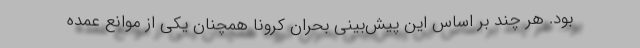
بود. هر چند بر اساس این پیش‌بینی بحران کرونا همچنان یکی از موانع عمده